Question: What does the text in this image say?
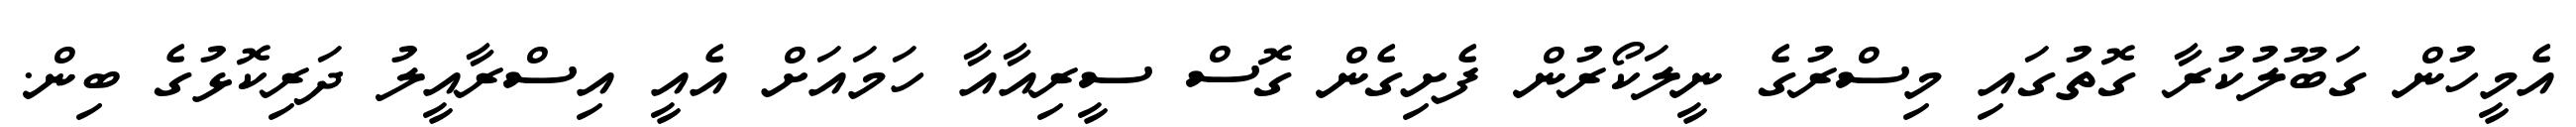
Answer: އެމީހުން ގަބޫލުކުރާ ގޮތުގައި މިސްރުގެ ނީލަކޯރުން ފެށިގެން ގޮސް ސީރިއާއާ ހަމައަށް އެއީ އިސްރާއީލު ދަރިކޮޅުގެ ބިން.